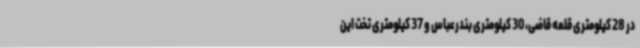
در 28 کیلومتری قلعه قاضی، 30 کیلومتری بندرعباس و 37 کیلومتری تخت این